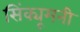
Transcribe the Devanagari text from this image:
सिंक्यूमनी